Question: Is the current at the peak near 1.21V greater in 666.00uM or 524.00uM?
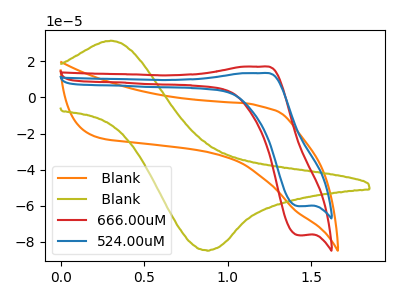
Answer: <think>The orange curve " Blank" has no peaks. The olive curve " Blank" has an anodic peak at (0.30V, 31.45uA) and a cathodic peak at (0.85V, -84.60uA). The red curve "666.00uM" has an anodic peak at (1.20V, 17.05uA) and a cathodic peak at (1.40V, -76.30uA). The blue curve "524.00uM" has an anodic peak at (1.20V, 13.45uA) and a cathodic peak at (1.40V, -60.25uA).</think>
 <answer>The peak at 1.21V is higher in "666.00uM" than in "524.00uM".</answer>
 <eval>higher</eval>